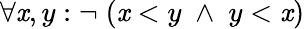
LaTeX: \forall\mathit{x},y:\neg\; (\mathit{x}<y\; \wedge\; y<\mathit{x})